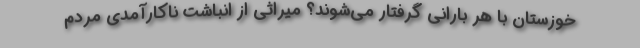
خوزستان با هر باراني گرفتار مي‌شوند؟ ميراثي از انباشت ناكارآمدي مردم